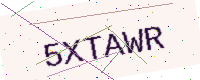
Text: 5XTAWR